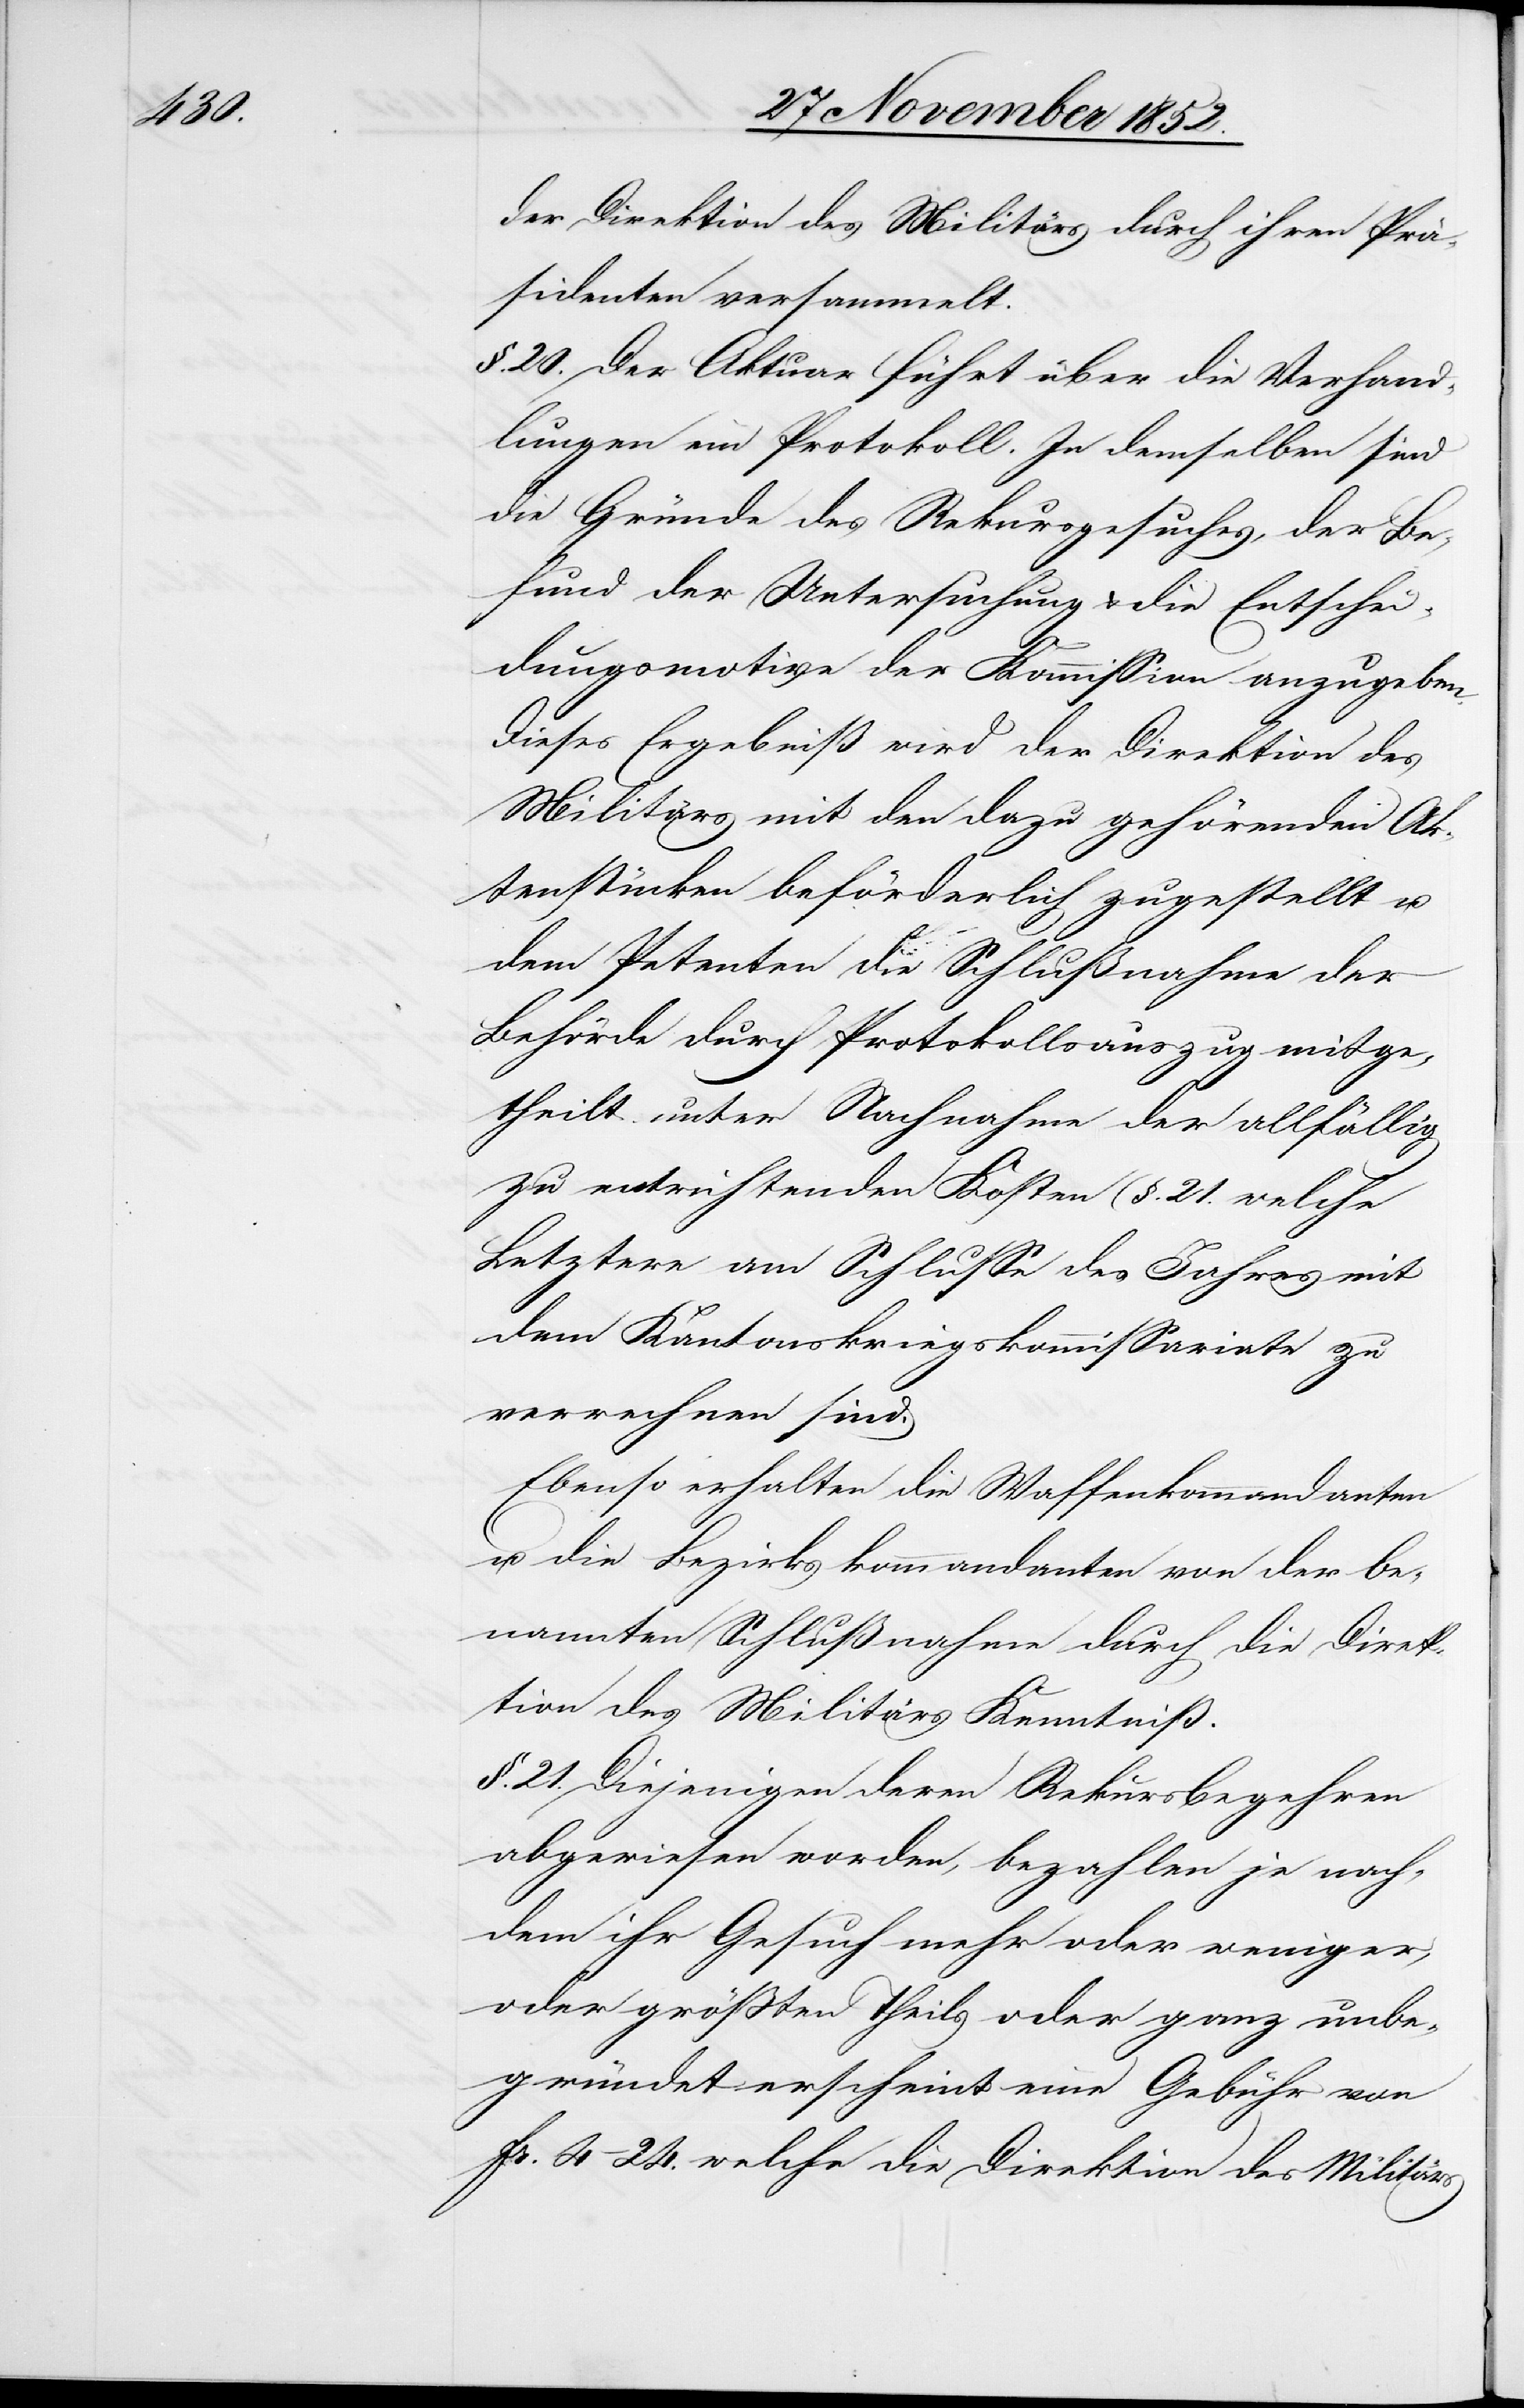
der Direktion des Militärs durch ihren Prä¬
sidenten versammelt.
§. 20. Der Aktuar führt über die Verhand¬
lungen ein Protokoll. In demselben sind
die Gründe des Rekursgesuches, der Be¬
fund der Untersuchung & die Entschei¬
dungsmotive der Kommission anzugeben.
Dieses Ergebniß wird der Direktion des
Militärs mit den dazu gehörenden Ak¬
tenstücken beförderlich zugestellt u.
dem Petenten die Schlußnahme der
Behörde durch Protokollsauszug mitge¬
theilt unter Nachnahme der allfällig
zu entrichtenden Kosten (§. 21.[)] welche
Letztere am Schlusse des Jahres mit
dem Kantonskriegskommissariate zu
verrechnen sind.
Ebenso erhalten die Waffenkommandanten
u. die Bezirkskommandanten von der be¬
nannten Schlußnahme durch die Direk¬
tion des Militärs Kenntniß.
§. 21. Diejenigen deren Rekursbegehren
abgewiesen worden, bezahlen je nach¬
dem ihr Gesuch mehr oder weniger,
oder größten Theils oder ganz unbe¬
gründet erscheint eine Gebühr von
Fr. 4–24. welche die Direktion des Militärs